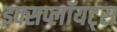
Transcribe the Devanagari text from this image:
इक्सप्लॉयट्स